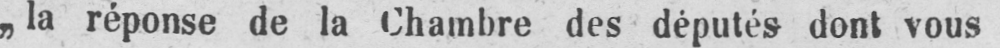
„la réponse de la Chambre des députés dont vous